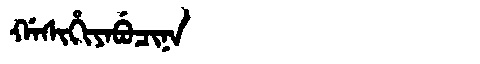
Manchu: ᡤᠠᠰᡳᡥᡳᠶᠠᠪᡠᠴᡳᠨᠠ
Romanization: GASIHIYABUCINA